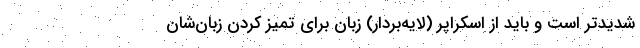
شدیدتر است و باید از اسکراپر (لایه‌بردار) زبان برای تمیز کردن زبان‌شان